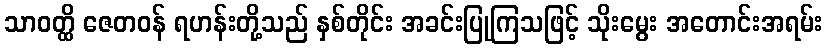
သာဝတ္ထိ ဇေတဝန် ရဟန်းတို့သည် နှစ်တိုင်း အခင်းပြုကြသဖြင့် သိုးမွေး အတောင်းအရမ်း